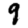
Digit: 9